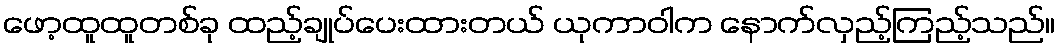
ဖော့ထူထူတစ်ခု ထည့်ချုပ်ပေးထားတယ် ယုကာဝါက နောက်လှည့်ကြည့်သည်။